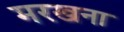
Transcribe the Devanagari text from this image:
मरखना